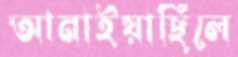
আনাইয়াছিলে